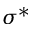
\sigma ^ { * }